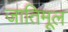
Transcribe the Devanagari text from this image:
जातिमूल